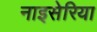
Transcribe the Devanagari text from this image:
नाइसेरिया